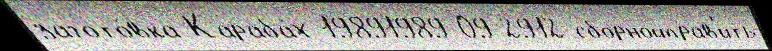
загото́вка Караба́х 19891989-09-2912 сборнойправ'ить